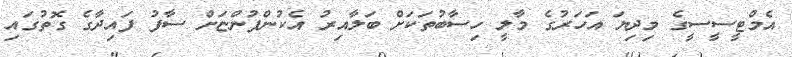
އެމްޓީސީސީގެ މިދިޔަ އަހަރުގެ މާލީ ހިސާބުތަކަށް ބަލާއިރު އެކުންފުންޏަށް ސާފު ފައިދާގެ ގޮތުގައި